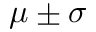
\mu \pm \sigma